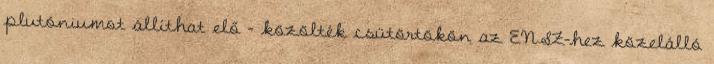
plutóniumot állíthat elő - közölték csütörtökön az ENSZ-hez közelálló